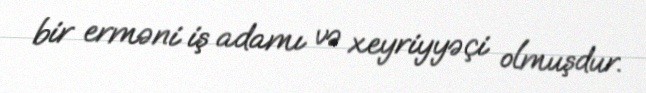
bir erməni iş adamı və xeyriyyəçi olmuşdur.